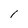
Character: 1